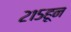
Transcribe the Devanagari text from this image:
२१५हून